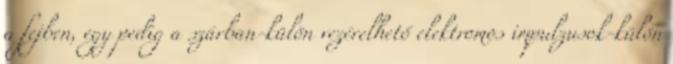
a fejben, egy pedig a szárban-külön vezérelhető elektromos impulzusok-külön